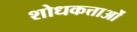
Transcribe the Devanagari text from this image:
शोधकत्ताओं